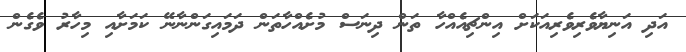
އަދި އަނިޔާވެރިވެރިއަކަށް އިންޗިއެއްހާ ތަން ދިނަސް މުށެއްހާތަން ދަމައިގަންނާނޭ ކަމަށާއި މިހާރު ވެގެން